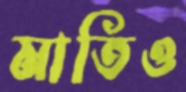
মাতিও